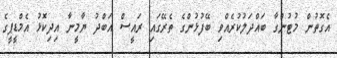
އެގޮތުން މުޓުންގާ ބައްދަލުކުރެއްވި ބޭފުޅުންގެ ތެރޭގައި ރައީސް އަބްދު ޔާމީނާ އިދިކޮޅު އެމްޑީޕީގެ